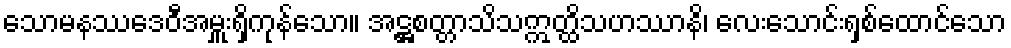
သောမနဿဒေဝီအမှူးရှိကုန်သော။ အဋ္ဌစတ္တာသိသဣတ္ထိသဟဿာနိ၊ လေးသောင်းရှစ်ထောင်သော